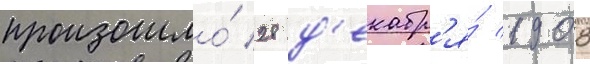
произошло́ 28 д'екабр'я́ 1908